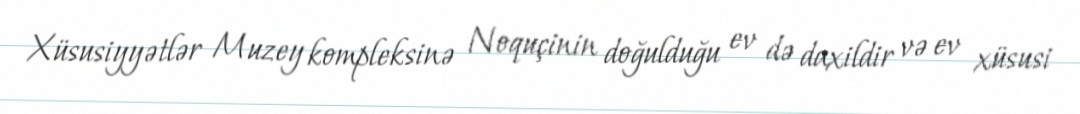
Xüsusiyyətlər Muzey kompleksinə Noquçinin doğulduğu ev də daxildir və ev xüsusi